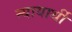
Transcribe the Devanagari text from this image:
न्यायार्थी